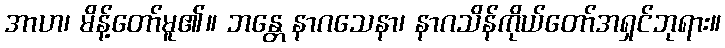
အာဟ၊ မိန့်တော်မူ၏။ ဘန္တေ နာဂသေနာ၊ နာဂသိန်ကိုယ်တော်အရှင်ဘုရား။